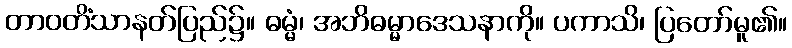
တာဝတိံသာနတ်ပြည်၌။ ဓမ္မံ၊ အဘိဓမ္မာဒေသနာကို။ ပကာသိ၊ ပြတော်မူ၏။